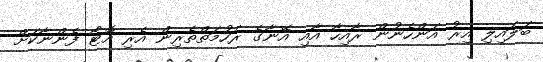
ބަލައިލި އިރު އަންހެނުން ރާއިހާ އާއި އޭނާގެ ރަހުމަތްތެރިން އެރި އޮޓޯ ފެންނާކަށް